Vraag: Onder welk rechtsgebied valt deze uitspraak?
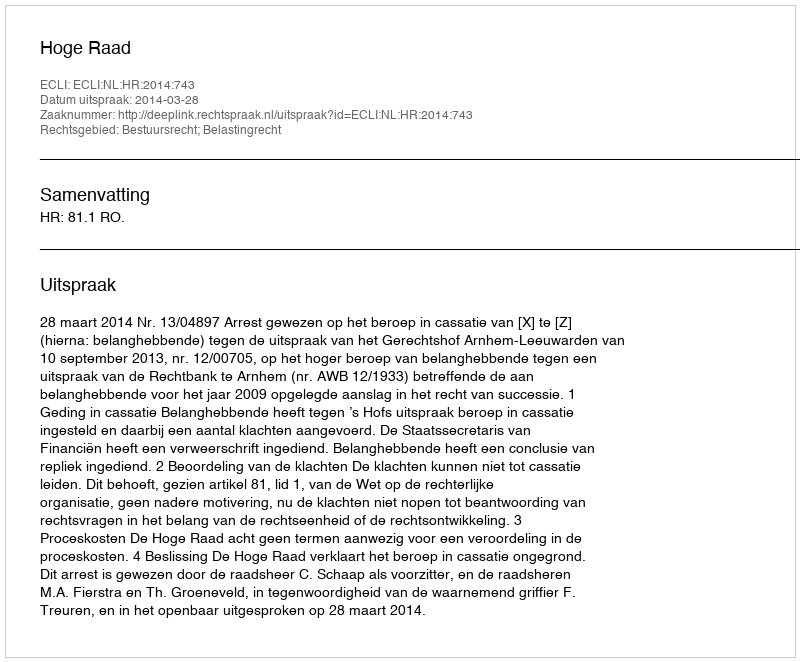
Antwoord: Bestuursrecht; Belastingrecht